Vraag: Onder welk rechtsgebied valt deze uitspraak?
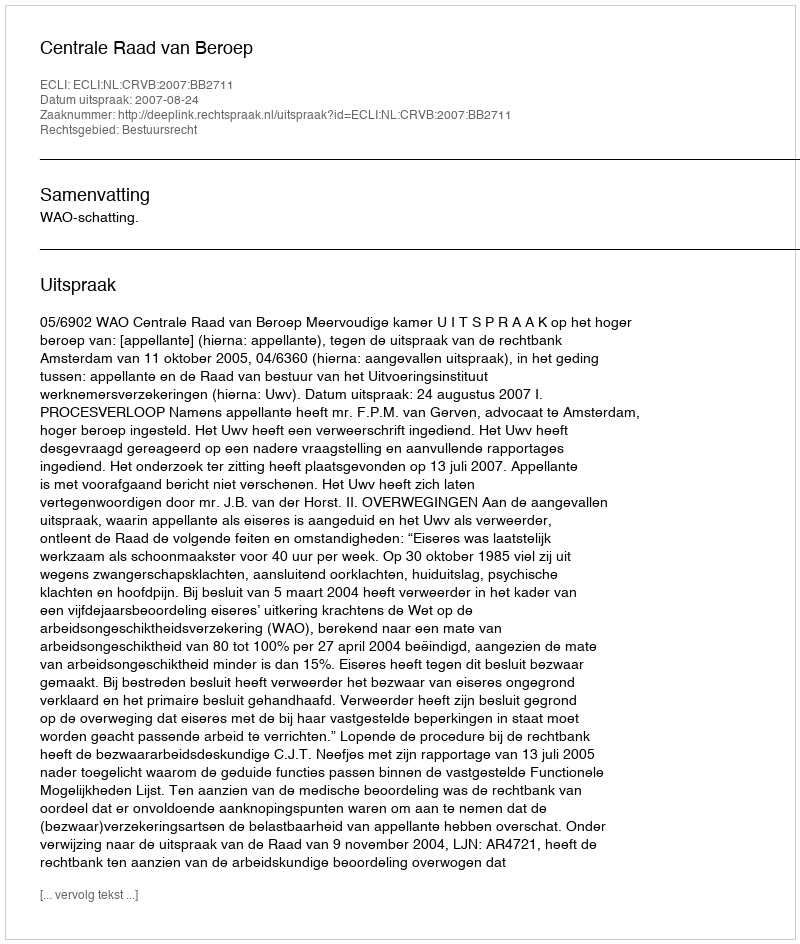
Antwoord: Bestuursrecht